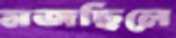
মজছিলে